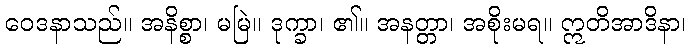
ဝေဒနာသည်။ အနိစ္စာ၊ မမြဲ။ ဒုက္ခာ၊ ၏။ အနတ္တာ၊ အစိုးမရ။ ဣတိအာဒိနာ၊